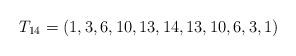
LaTeX: \begin{align*}T_{14}=(1,3,6,10,13,14,13,10,6,3,1)\end{align*}